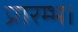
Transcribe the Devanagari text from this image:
प्रारम्‍भ।